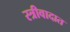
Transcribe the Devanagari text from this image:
स्त्रीवादात